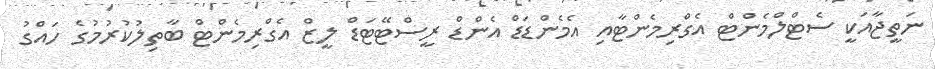
ނަތީޖާއަކީ ސެޓްލްމެންޓް އެގްރިމެންޓާއި އެމެންޑަޑް އެންޑް ރީސްޓޭޓަޑް ލީޒް އެގްރިމެންޓް ބާތިލުކުރުމުގެ ހައްގު